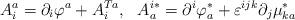
LaTeX: \begin{align*}A^a_i=\partial_i\varphi^a + A^{Ta}_i,\ \ A^{i*}_a=\partial^i\varphi_a^* +\varepsilon^{ijk}\partial_j\mu^*_{ka}\end{align*}